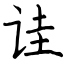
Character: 诖